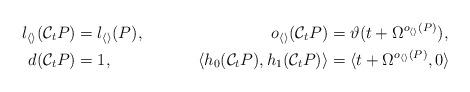
LaTeX: \begin{align*} l_{\langle\rangle}(\mathcal C_tP)&=l_{\langle\rangle}(P), & o_{\langle\rangle}(\mathcal C_tP)&=\vartheta(t+\Omega^{o_{\langle\rangle}(P)}),\\ d(\mathcal C_tP)&=1, & \langle h_0(\mathcal C_tP),h_1(\mathcal C_tP)\rangle&=\langle t+\Omega^{o_{\langle\rangle}(P)},0\rangle\end{align*}